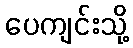
ပေကျင်းသို့